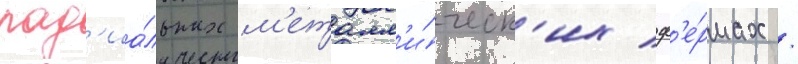
рад'иа́льных м'еталл'и́ческ'их ф'е́рмах /